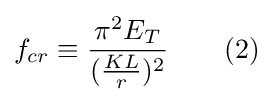
f_{cr}\equiv {\frac {\pi ^{2}E_{T}}{({\frac {KL}{r}})^{2}}}\qquad (2)